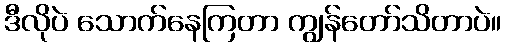
ဒီလိုပဲ သောက်နေကြတာ ကျွန်တော်သိတာပဲ။